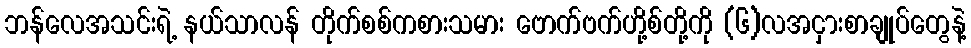
ဘန်လေအသင်းရဲ့ နယ်သာလန် တိုက်စစ်ကစားသမား ဗောက်ဗက်ဟို့စ်တို့ကို (၆)လအငှားစာချုပ်တွေနဲ့